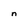
Character: n